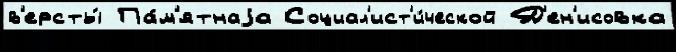
в'ерсты́ Па́м'ятнаjа Социал'ист'и́ческой Д'ен'исовка